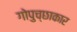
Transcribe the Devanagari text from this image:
गोपुच्छाकार